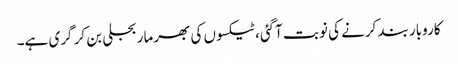
کاروبار بند کرنے کی نوبت آگئی، ٹیکسوں کی بھرمار بجلی بن کر گری ہے۔